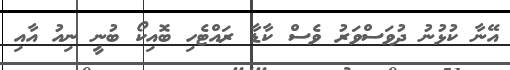
އޭނާ ކުޅުނު ދުވަސްވަރު ވެސް ކާޑާ ރައްޓެހި ބޮއިކޯ ބުނީ ނިއު އާއި